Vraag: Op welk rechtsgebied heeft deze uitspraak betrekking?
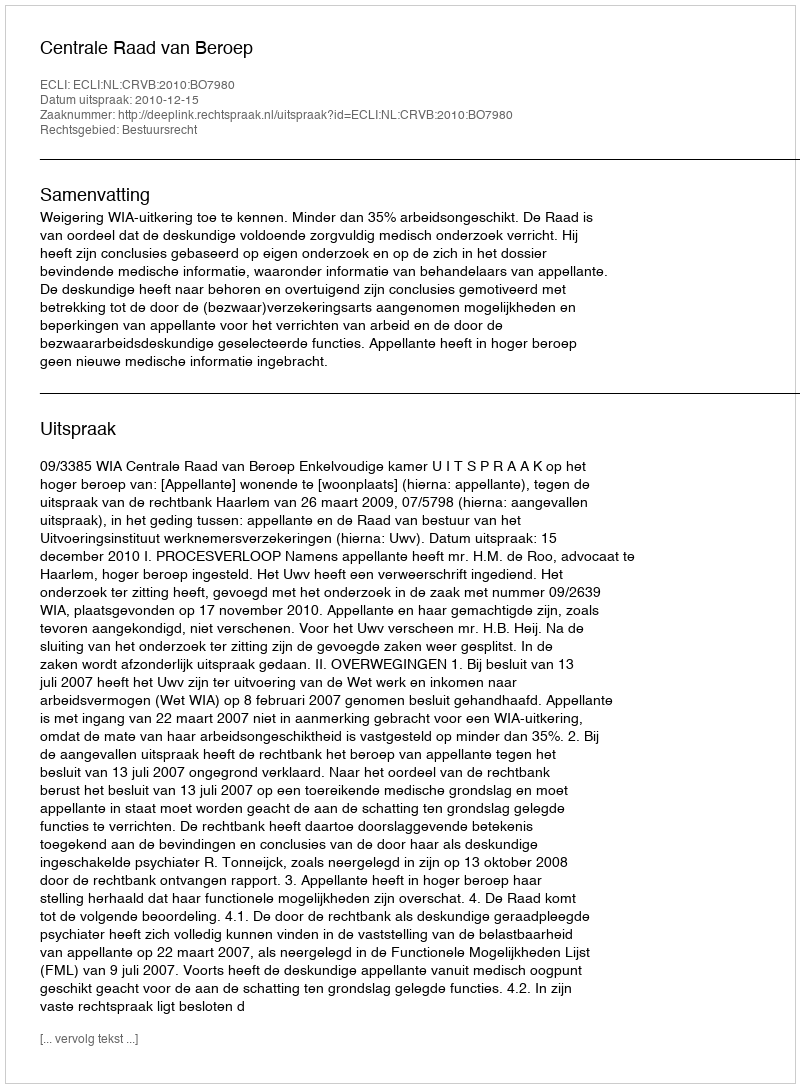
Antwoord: Bestuursrecht